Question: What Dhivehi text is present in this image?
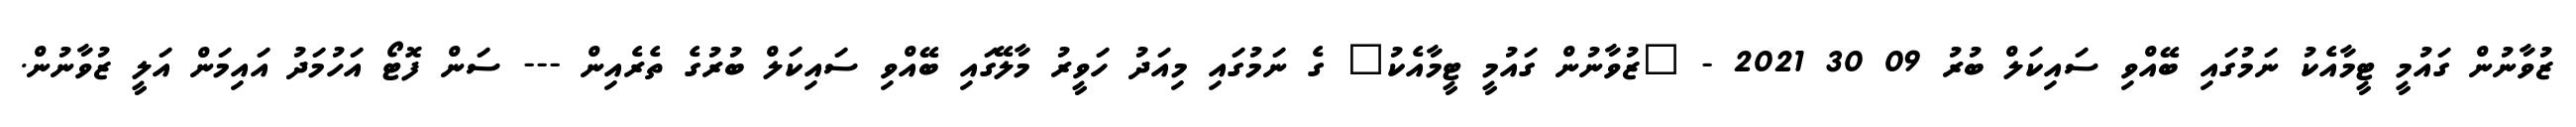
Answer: ޒުވާނުން ގައުމީ ޓީމާއެކު ނަމުގައި ބޭއްވި ސައިކަލް ބުރު 09 30 2021 - "ޒުވާނުން ގައުމީ ޓީމާއެކު" ގެ ނަމުގައި މިއަދު ހަވީރު މާލޭގައި ބޭއްވި ސައިކަލް ބުރުގެ ތެރެއިން --- ސަން ފޮޓޯ އަހުމަދު އައިމަން އަލީ ޒުވާނުން.